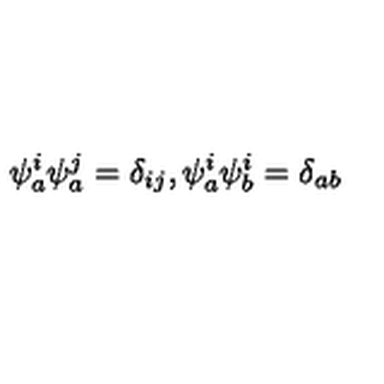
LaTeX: \psi _ { a } ^ { i } \psi _ { a } ^ { j } = \delta _ { i j } , \psi _ { a } ^ { i } \psi _ { b } ^ { i } = \delta _ { a b }